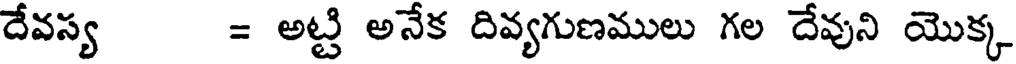
దేవస్య = అట్టి అనేక దివ్యగుణములు గల దేవుని యొక్క